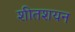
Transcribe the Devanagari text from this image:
शीतशयन